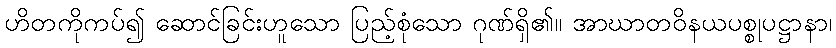
ဟိတကိုကပ်၍ ဆောင်ခြင်းဟူသော ပြည့်စုံသော ဂုဏ်ရှိ၏။ အာဃာတဝိနယပစ္စုပဋ္ဌာနာ၊